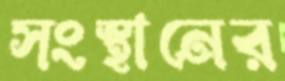
সংস্থানের